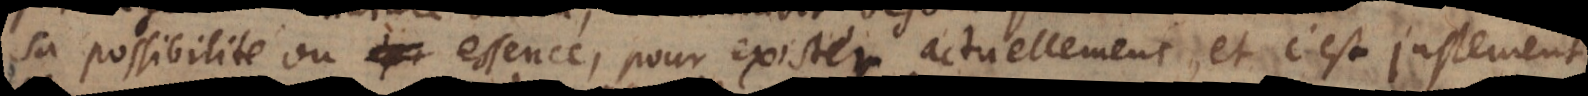
sa possibilité ou essence, pour exister actuellement. Il est vray